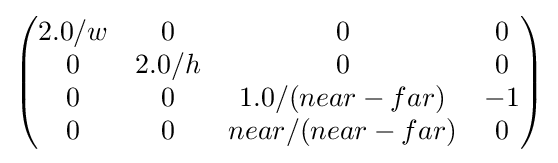
{\begin{pmatrix}2.0/w&0&0&0\\0&2.0/h&0&0\\0&0&1.0/({near-far})&-1\\0&0&{near}/({near}-{far})&0\end{pmatrix}}